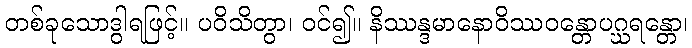
တစ်ခုသောဒွါရဖြင့်။ ပဝိသိတွာ၊ ဝင်၍။ နိဿန္ဒမာနောဝိဿဝန္တောပဂ္ဃရန္တော၊